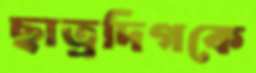
ছাত্রদিগকে